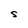
Character: S